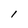
Character: I